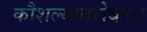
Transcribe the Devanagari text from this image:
कौशल्याबरोबरच